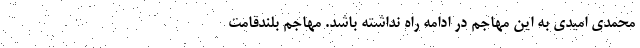
محمدی امیدی به این مهاجم در ادامه راه نداشته باشد. مهاجم بلندقامت